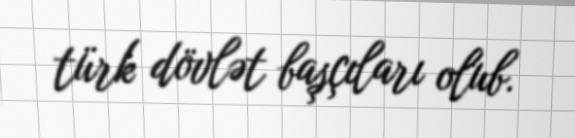
türk dövlət başçıları olub.